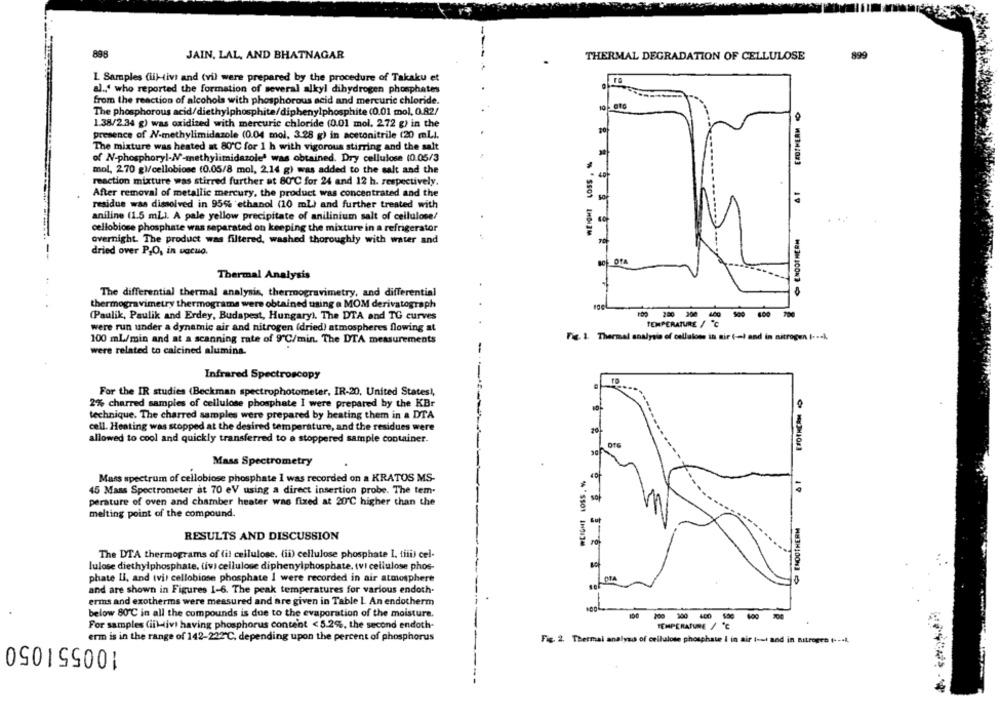
898
JAIN, LAL, AND BHATNAGAR
THERMAL DEGRADATION OF CELLULOSE
899
L Samples (ii)-tivi and (vil were prepared by the procedure of Takaku et
al ., ' who reported the formation of several alkyl dihydrogen phosphates
from the reaction of alcohols with phosphorous acid and mercuric chloride.
10 010
The phosphorous acid/diethylphosphite/diphenylphosphite (0.01 mol, 0.82/
1.38/2.34 g) was oxidized with mercuric chloride (0.01 mol. 272 g) in the
10
presence of N-methylimidazole (0.04 mol, 3.28 g) in acetonitrile (20 mLl.
The mixture was heated at 80'℃ for 1 h with vigorous stirring and the salt
of N-phosphoryl-NV-methylimidazole' was obtained. Dry cellulose (0.05/3
mol, 270 g)/cellobiose (0.05/8 mol, 2,14 g) was added to the salt and the
reaction mixture was stirred further at 80 ℃ for 24 and 12 h. respectively.
41
After removal of metallic mercury, the product was concentrated and the
residue was dissolved in 955% ethanol (10 ml) and further treated with
aniline (1.5 mL). A pale yellow precipitate of anilinium salt of cellulose/
cellobiose phosphate was separated on keeping the mixture in a refrigerator
'SS01 EHDI]M
ENDOTHERM
overnight. The product was filtered, washed thoroughly with water and
dried over P,O, in vacuo.
Thermal Analysis
The differential thermal analysis, thermogravimetry, and differential
thermogravimetry thermograms were obtained using a MOM derivatograph
(Paulik, Paulik and Erdey, Budapest, Hungary). The DTA and TG curves
100 280 200
----
TEMPERATURE / "℃
were run under a dynamic air and nitrogen (dried) atmospheres flowing at
Fx. 1. Thermal analysis of cellaloss in sir ( -= ) and in nitrogen ( ... ).
100 ml/min and at a scanning rate of 9'℃/min. The DTA measurements
were related to calcined alumina.
-
Infrared Spectroscopy
For the IR studies (Beckman spectrophotometer, IR-20, United States !,
2% charred samples of cellulose phosphate I were prepared by the KBr
technique. The charred samples were prepared by heating them in a DTA
cell. Heating was stopped at the desired temperature, and the residues were
allowed to cool and quickly transferred to a stoppered sample container.
Mass Spectrometry
Mass spectrum of cellobiose phosphate I was recorded on a KRATOS MS-
WEIGHT LOSS.
45 Mass Spectrometer at 70 eV using a direct insertion probe. The tem.
sof
10
perature of oven and chamber heater was fixed at 20℃ higher than the
melting point of the compound.
₩ ENDOTHERM
RESULTS AND DISCUSSION
ro
The DTA thermograms of fil cellulose. (ii) cellulose phosphate 1. tiii) cel-
lulose diethylphosphate, tivi cellulose diphenylphosphate. tvi cellulose phos-
phate LI, and tvis cellobiose phosphate I were recorded in air atmosphere
OTA
and are shown in Figures 1-6. The peak temperatures for various endoth.
erms and exotherms were measured and are given in Table 1. An endotherm
below 80℃ in all the compounds is due to the evaporation of the moisture.
For samples (iiktivt having phosphorus content < 5.2%, the second endoth-
TEMPERATURE / ℃
erm is in the range of 142-222 ℃, depending upon the percent of phosphorus
100551050
Fig. 2. Thermal analysis of cellulose phosphate I in air tout and in nitrogen ( --- 4,